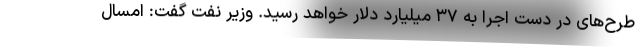
طرح‌های در دست اجرا به ۳۷ میلیارد دلار خواهد رسید. وزیر نفت گفت: امسال